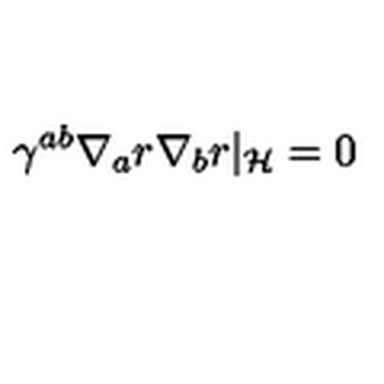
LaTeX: \gamma ^ { a b } \nabla _ { a } r \nabla _ { b } r | _ { \cal H } = 0